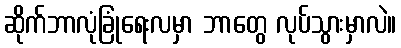
ဆိုက်ဘာလုံခြုံရေးလမှာ ဘာတွေ လုပ်သွားမှာလဲ။